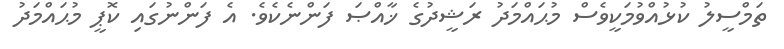
ތަމްސީލު ކުޅުއްވުމަކީވެސް މުޙައްމަދު ރަޝީދުގެ ޚާއްޞަ ފަންނެކެވެ. އެ ފަންނުގައި ކޮޕީ މުޙައްމަދު